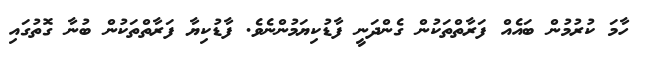
ހާމަ ކުރުމުން ބައެއް ފަރާތްތަކުން ގެންދަނީ ފާޑުކިޔަމުންނެވެ. ފާޑުކިޔާ ފަރާތްތަކުން ބުނާ ގޮތުގައި